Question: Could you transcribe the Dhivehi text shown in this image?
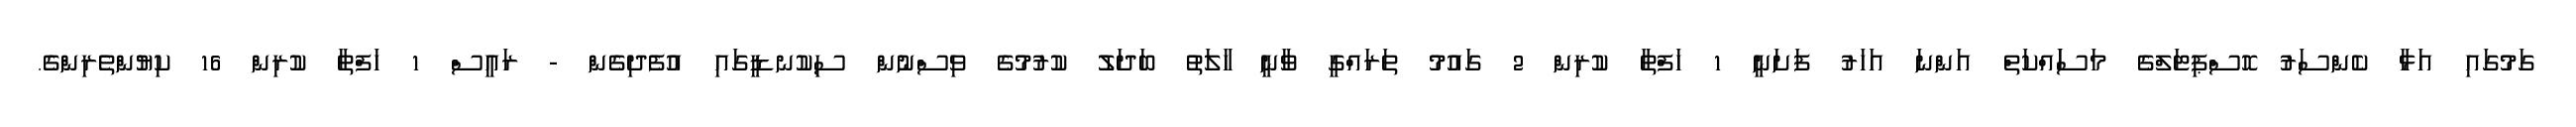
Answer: ގަމުގައި އަޅާ ކެންސަރު ހޮސްޕިޓަލްގެ މަސަައްކަތް އަންނަ އަހަރު ފަށަނީ 1 ހަފްތާ ކުރިން 2 ގައުމު ތަރައްގީ ވާނީ ހާލަތު ބަދަލު ކުރުމުގެ ވިސްނުން ސިކުނޑީގައި އުފެދިގެން - ރައީސް 1 ހަފްތާ ކުރިން 16 ކިޔުންތެރިންގެ.